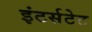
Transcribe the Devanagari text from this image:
इंटर्सटेट